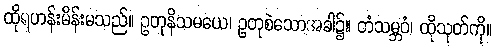
ထိုရဟန်းမိန်းမသည်။ ဥတုနိသမယေ၊ ဥတုစဲသောအခါ၌။ တံသမ္ဘဝံ၊ ထိုသုတ်ကို။